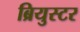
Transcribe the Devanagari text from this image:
ब्रियुस्टर